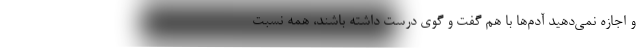
و اجازه نمی‌دهید آدم‌ها با هم گفت و گوی درست داشته باشند، همه نسبت